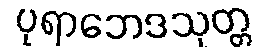
ပုရာဘေဒသုတ္တ